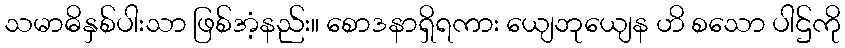
သမာဓိနှစ်ပါးသာ ဖြစ်အံ့နည်း။ စောဒနာရှိရကား ယျေဘုယျေန ဟိ စသော ပါဌ်ကို